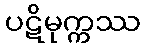
ပဋိမုက္ကဿ